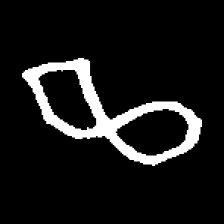
Pyu character \u2014 Myanmar letter: ဆ (romanized: cha)